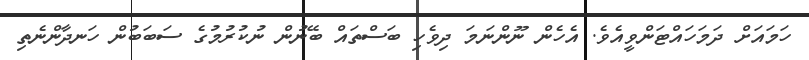
ހަމައަށް ދަމަހައްޓަންވީއެވެ. އެހެން ނޫންނަމަ ދިވެހި ބަސްތައް ބޭނުން ނުކުރުމުގެ ސަބަބުން ހަނދާންނެތި